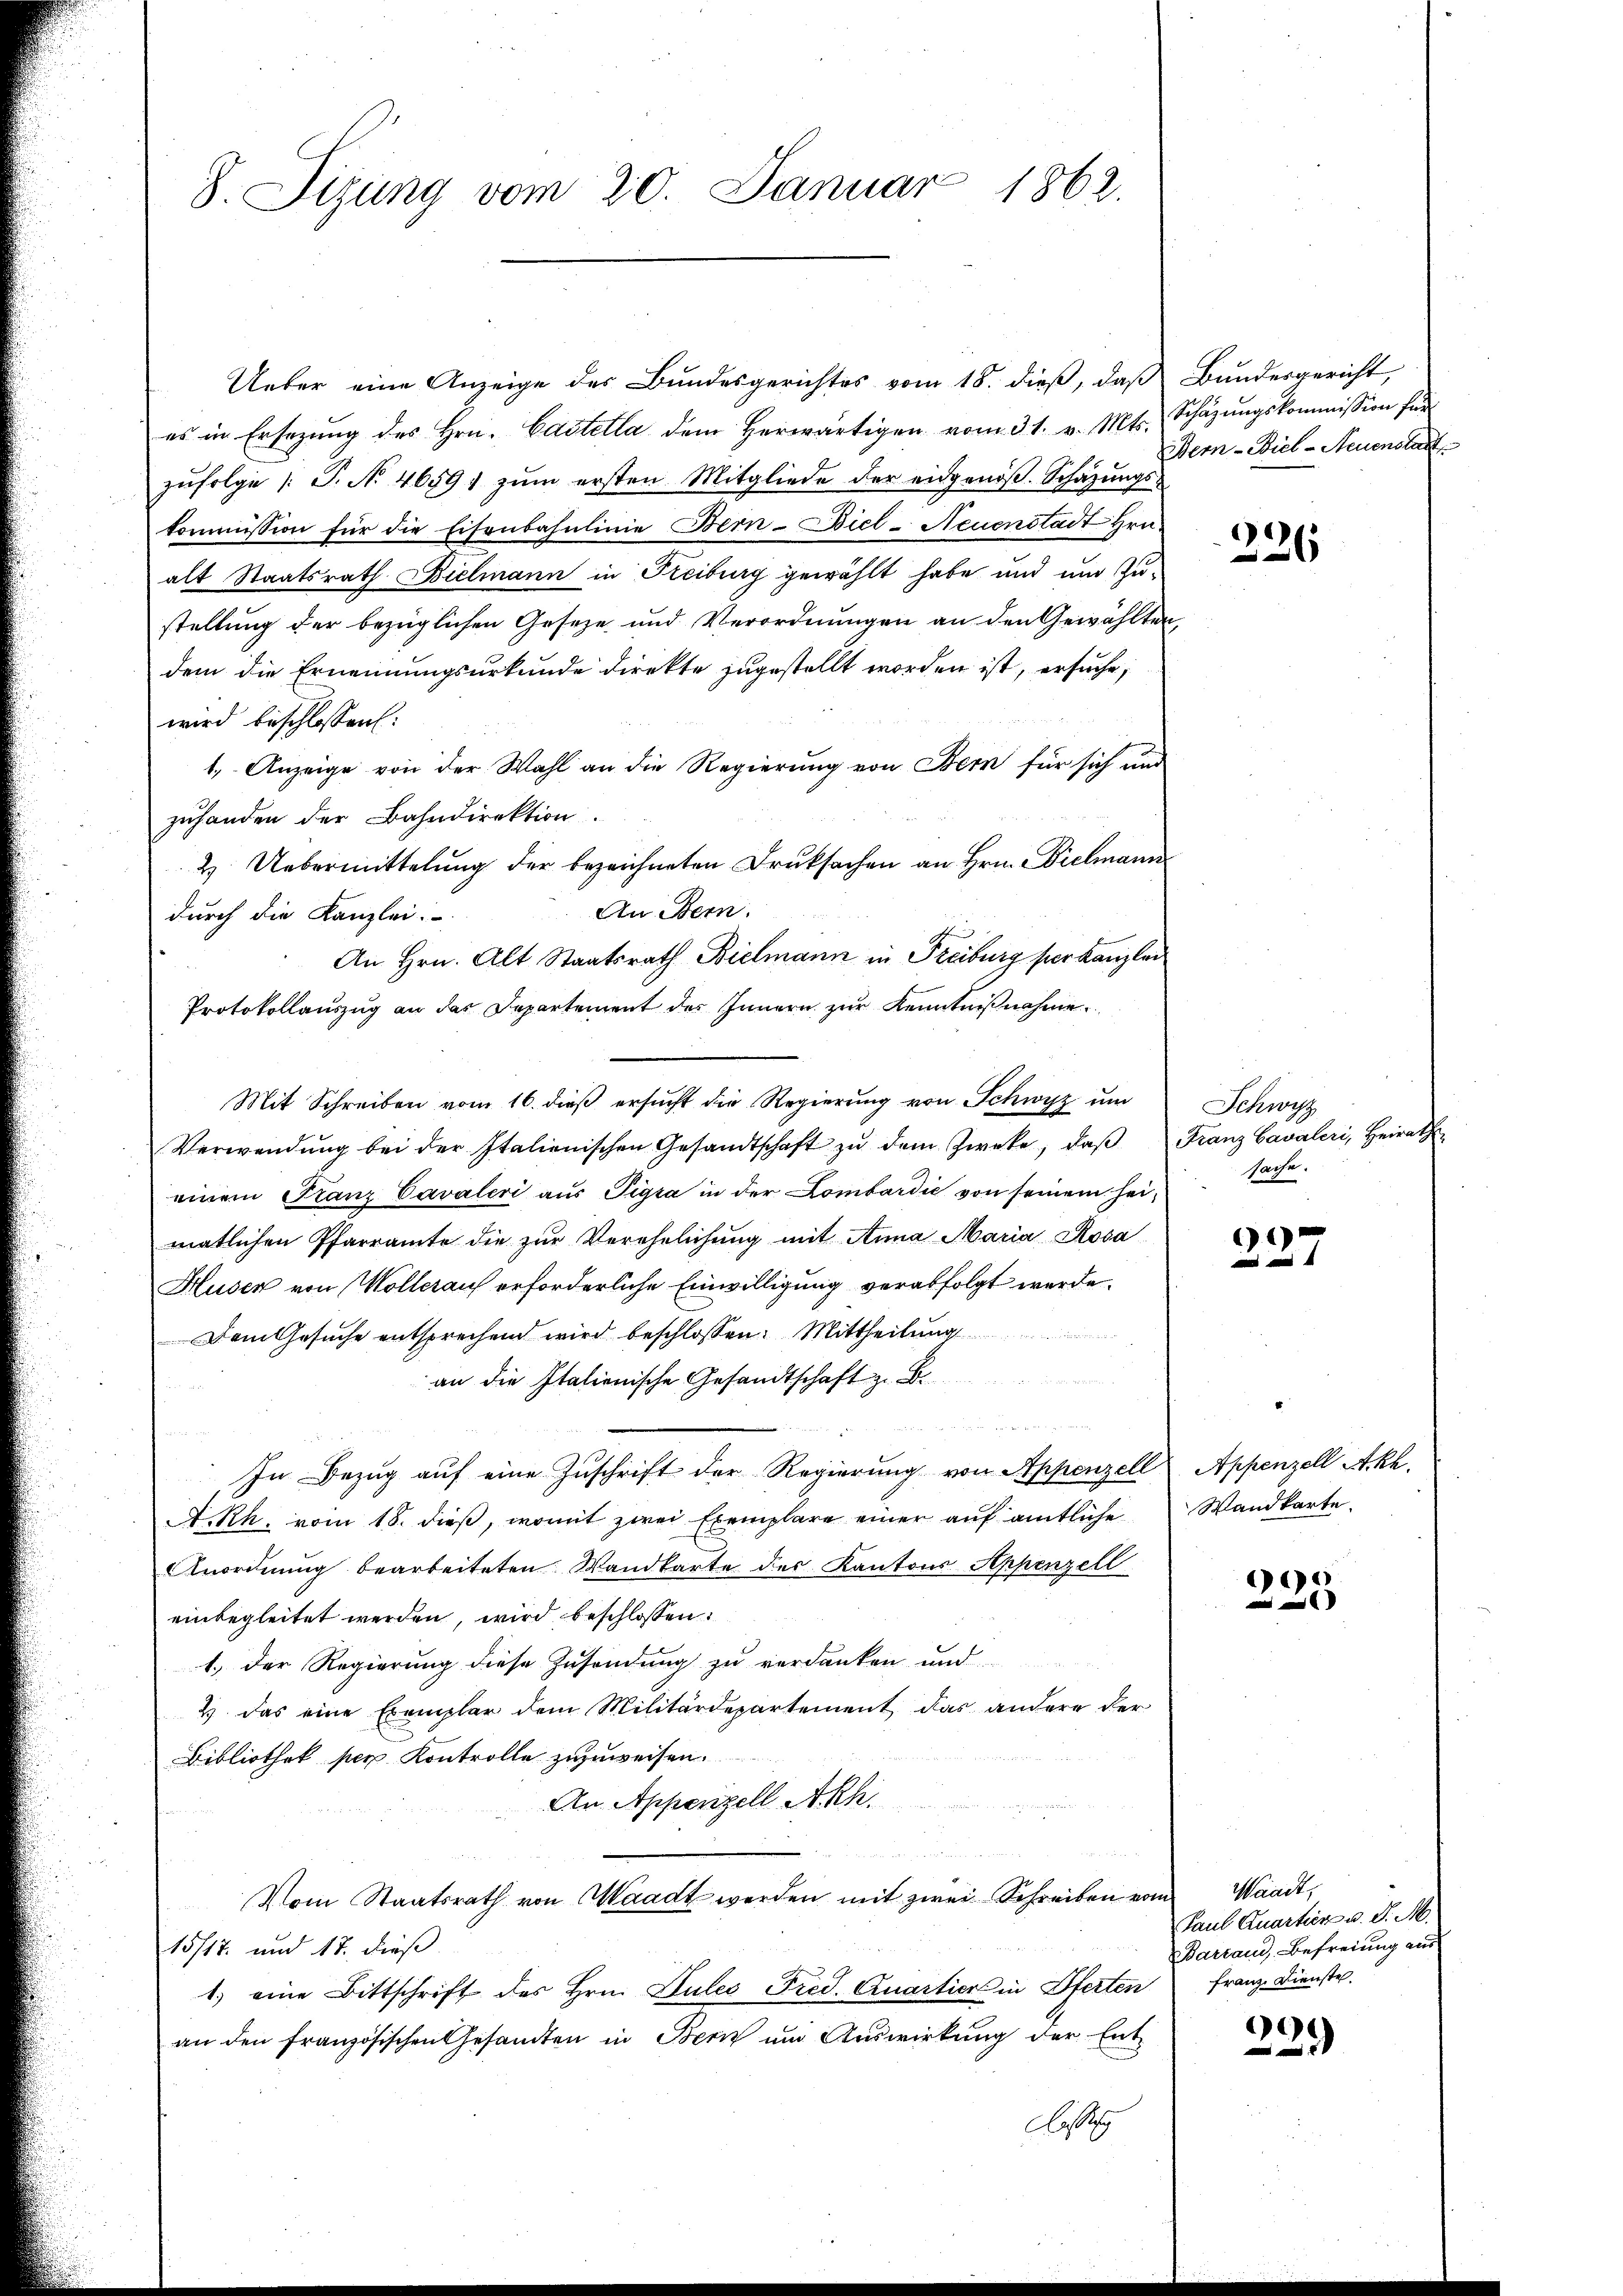
8. Sizung vom 20. Januar 1862.

Ueber eine Anzeige des Bundesgerichtes vom 18. dieß, daß Bundesgericht,
es in Ersetzŭng des Hrn. Castella dem herwärtigen vom 31. v. Mts. Schäzŭngskommission für
zŭfolge /: P. N. 4659) zŭm ersten Mitgliede der eidgenöβ. Schatzŭngs-
kommission für die Eisenbahnlinie Bern-Biel - Neuenstadt Hrn.
alt Staatsrath Bielmann in Freiburg gewählt habe und und Zustellung der bezüglichen Geseze und Verordnungen an den Gewählten,
dem die Ernennungsurkunde direkte zugestellt worden ist, ersuche,
wird beschlossen:
1. Anzeige von der Wahl an die Regierung von Bern für sich und
zuhanden der Bahndirektion.
2. Uebermittelung der bezeichneten Druksachen an Hrn. Bielmann
An Bern.
durch die Kanzlei.
An Hrn. Alt Staatsrath Bielmann in Freiburg verkanzlei
Protokollauszug an das Departement des Innern zur Kenntnißnahme
Mit Schreiben vom 16. dieß ersŭcht die Regierung von Schwyz um
Verwendŭng bei der Italienischen Gesandtschaft zŭ dem Zweke, daβ Franz Cavaleri, Heirath
einem Franz Cavaleri aus Pigra in der Lombardić von seinem heimatlichen Pfarramte die zŭr Verehelichung mit Anna Maria Rosa
Huser von Wollerauf erforderliche Einwilligung verabfolgt werde.
Dem Gesŭche entsprechend wird beschlossen: Mittheilŭng
an die Italienische Gesandtschaft z. B.
u
n
In Bezug auf eine Zuschrift der Regierung von Appenzell Appenzell A.Rh.
A.Rh. vom 18. dieß, womit zwei Exemplare einer auf amtliche Wandkarte.
Anordnung bearbeiteten Wandkarte des Kantons Appenzell
einbegleitet werden, wird beschlossen:
1.) Der Regierung diese Zusendung zu verdanken und
2) das eine Exemplar dem Militärdepartement das andere der
Bibliothek per Kontrolle zuzuweisen.
An Appenzell Akh.

Vom Staatsrath von Waadt werden mit zwei Schreiben vom
15/17. und 17. dieß
1.) eine Bittschrift des Hrn. Sules Fred. Quartier in Oferten
an den französischen Gesandten in Bern um Auswirkung der Ent¬
A

Bern-Biel - Neuenslast

226

Schwyz
sache.

227

)

Waadt,
Paul Quartien v. J. M.
Barraus, Befreiung aus
Franz Dienste

c